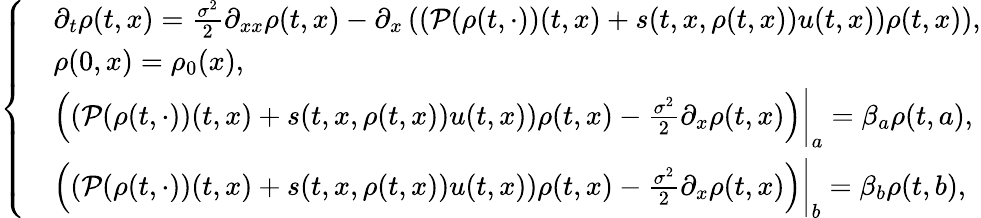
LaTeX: \left\{ \begin{array}{rl}&{\partial_{t}\rho(t,x)=\frac{\sigma^{2}}{2}\partial_{xx}\rho(t,x)-\partial_{x}\left((\mathcal{P}(\rho(t,\cdot))(t,x)+s(t,x,\rho(t,x))u(t,x))\rho(t,x)\right),}\\ &{\rho(0,x)=\rho_{0}(x),}\\ &{\left((\mathcal{P}(\rho(t,\cdot))(t,x)+s(t,x,\rho(t,x))u(t,x))\rho(t,x)-\frac{\sigma^{2}}{2}\partial_{x}\rho(t,x)\right)\bigg|_{a}=\beta_{a}\rho(t,a),}\\ &{\left((\mathcal{P}(\rho(t,\cdot))(t,x)+s(t,x,\rho(t,x))u(t,x))\rho(t,x)-\frac{\sigma^{2}}{2}\partial_{x}\rho(t,x)\right)\bigg|_{b}=\beta_{b}\rho(t,b),}\end{array}\right.